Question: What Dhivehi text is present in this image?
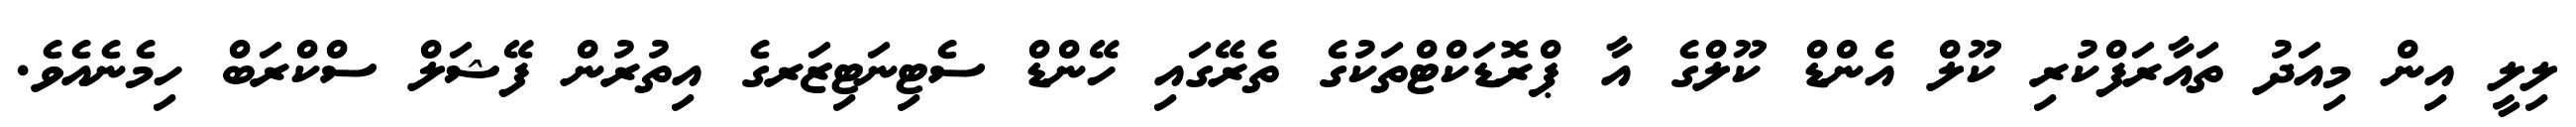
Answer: ލިލީ އިން މިއަދު ތައާރަފްކުރި ކޫލް އެންޑް ކޫލްގެ އާ ޕްރޮޑަކްޓްތަކުގެ ތެރޭގައި ހޭންޑް ސެޓިނަޓިޒަރގެ އިތުރުން ފޭޝަލް ސްކްރަބް ހިމެނެއެވެ.